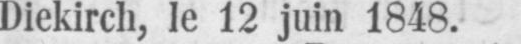
Diekirch, le 12 juin 1848.